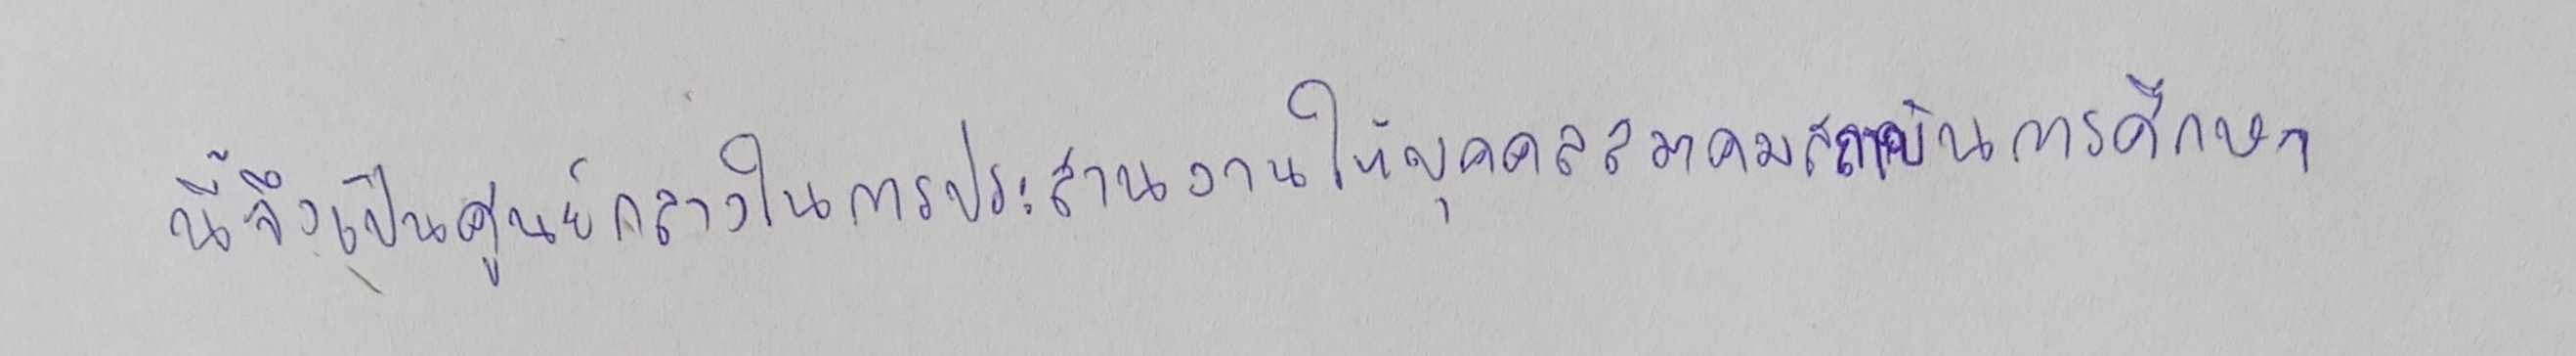
นี้จึงเป็นศูนย์กลางในการประสานงานให้บุคคลสมาคมสถาบันการศึกษา